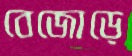
বেজোড়ে